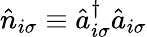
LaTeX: \hat{n}_{i\sigma}\equiv\hat{a}_{i\sigma}^{\dagger}\hat{a}_{i\sigma}